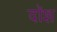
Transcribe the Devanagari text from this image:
दॉश